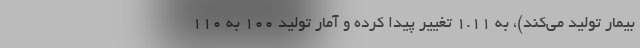
بیمار تولید می‌کند)، به ۱.۱۱ تغییر پیدا کرده و آمار تولید ۱۰۰ به ۱۱۰